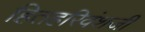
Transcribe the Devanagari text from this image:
हितहरिवंशजी